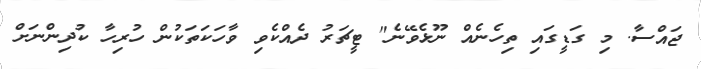
ޖައްސާ. މި ގަޑީގައި ތިހެނެއް ނޫޅެވޭނެ" ޓީޗަރު ދެއްކެވި ވާހަކަތަކުން ހުރިހާ ކުދިންނަށް